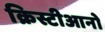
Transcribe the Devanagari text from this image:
क्रिस्टीआनो